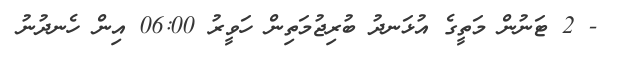
- 2 ޓަނުން މަތީގެ އުޅަނދު ބުރިޖުމަތިން ހަވީރު 06:00 އިން ހެނދުނު